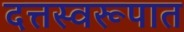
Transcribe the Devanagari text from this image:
दत्तस्वरूपात